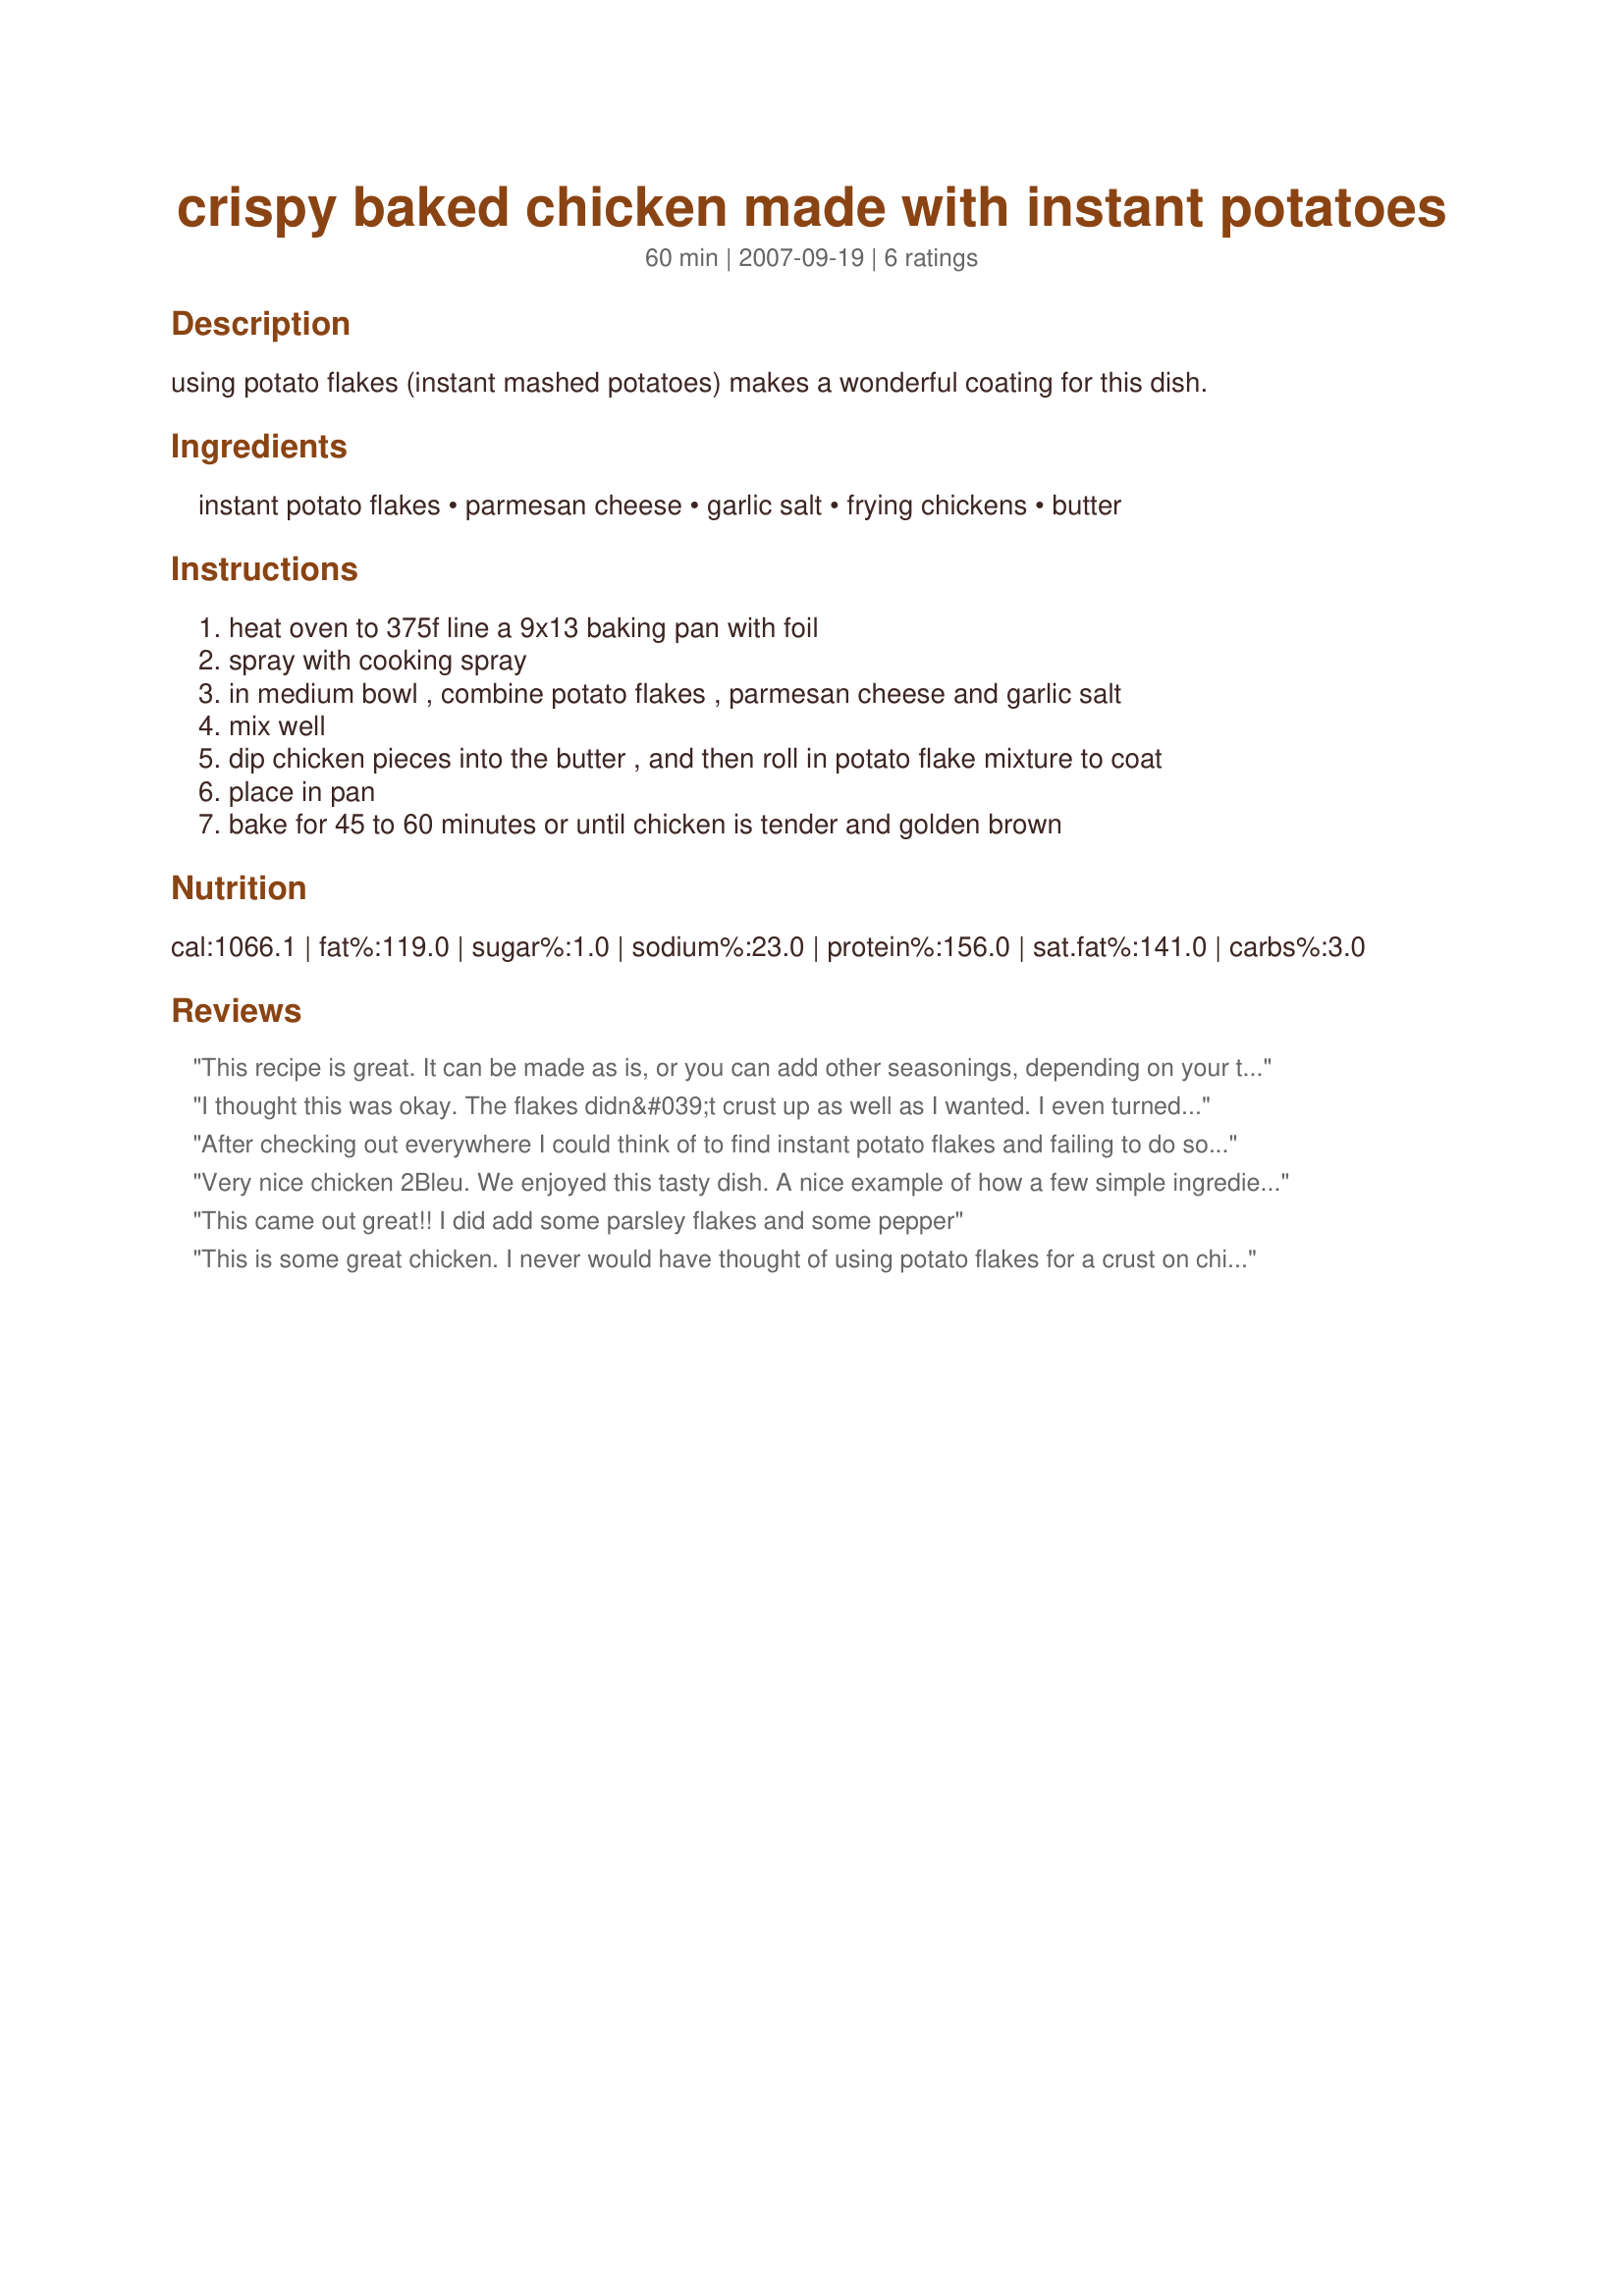
crispy baked chicken made with instant potatoes
Preparation time: 60 minutes

using potato flakes (instant mashed potatoes) makes a wonderful coating for this dish.

Ingredients:
instant potato flakes, parmesan cheese, garlic salt, frying chickens, butter

Steps:
heat oven to 375f line a 9x13 baking pan with foil
spray with cooking spray
in medium bowl , combine potato flakes , parmesan cheese and garlic salt
mix well
dip chicken pieces into the butter , and then roll in potato flake mixture to coat
place in pan
bake for 45 to 60 minutes or until chicken is tender and golden brown

Reviews:
This recipe is great. It can be made as is, or you can add other seasonings, depending on your tastes. We tried it tonight with about 1 teaspoon of chili powder...amazing. I have 4 kids in the house ranging from 7 to 16 and everyone loved this recipe; and it was easy enough that my 16 year-old is the person who made dinner tonight. We made instant mashed potatoes and added garlic powder, cheddar cheese, parmasan cheese, salt and pepper...an excelent compliment to this chicken.
I thought this was okay. The flakes didn&#039;t crust up as well as I wanted. I even turned them once during cooking. Next time I&#039;ll try rolling them in egg first. The flavor was good, and the recipe itself very simple, hence four stars.
After checking out everywhere I could think of to find instant potato flakes and failing to do so, I was very disappointed as this sounded a fabulous idea. So I had to dream up an alternative. I halved the recipe and used grated potato, well-drained and well-patted dry, in place of the potato flakes and used egg rather than the melted butter in step 3 as I figured it would be stickier and I was worried that the grated potato would stick to the chicken (I used 2 chicken breasts - skinless, boneless and halved). I added some freshly ground black pepper and some grindings of rosemary/sage in step two. Once the chicken was coated, perhaps unnecessarily, I put it in the fridge for about 10 minutes before putting it in the oven. At this point I drizzled a little melted butter over the chicken. The crust was crispy and flavoursome :) but was obviously a bit more work so I'm still on the look-out for those elusive potato flakes so I can make this again! Thanks for sharing this recipe, 2Bleu. Made for PRMR.
Very nice chicken 2Bleu. We enjoyed this tasty dish. A nice example of how a few simple ingredients can transform a dish into something special. Thanks for sharing.
This came out great!! I did add some parsley flakes and some pepper
This is some great chicken. I never would have thought of using potato flakes for a crust on chicken. This is something I think I'll be making often. It was easy to prepare too. Made for PRMR tag.
